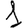
Digit: 1